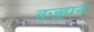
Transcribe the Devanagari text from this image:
वज़्हान